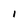
Character: I